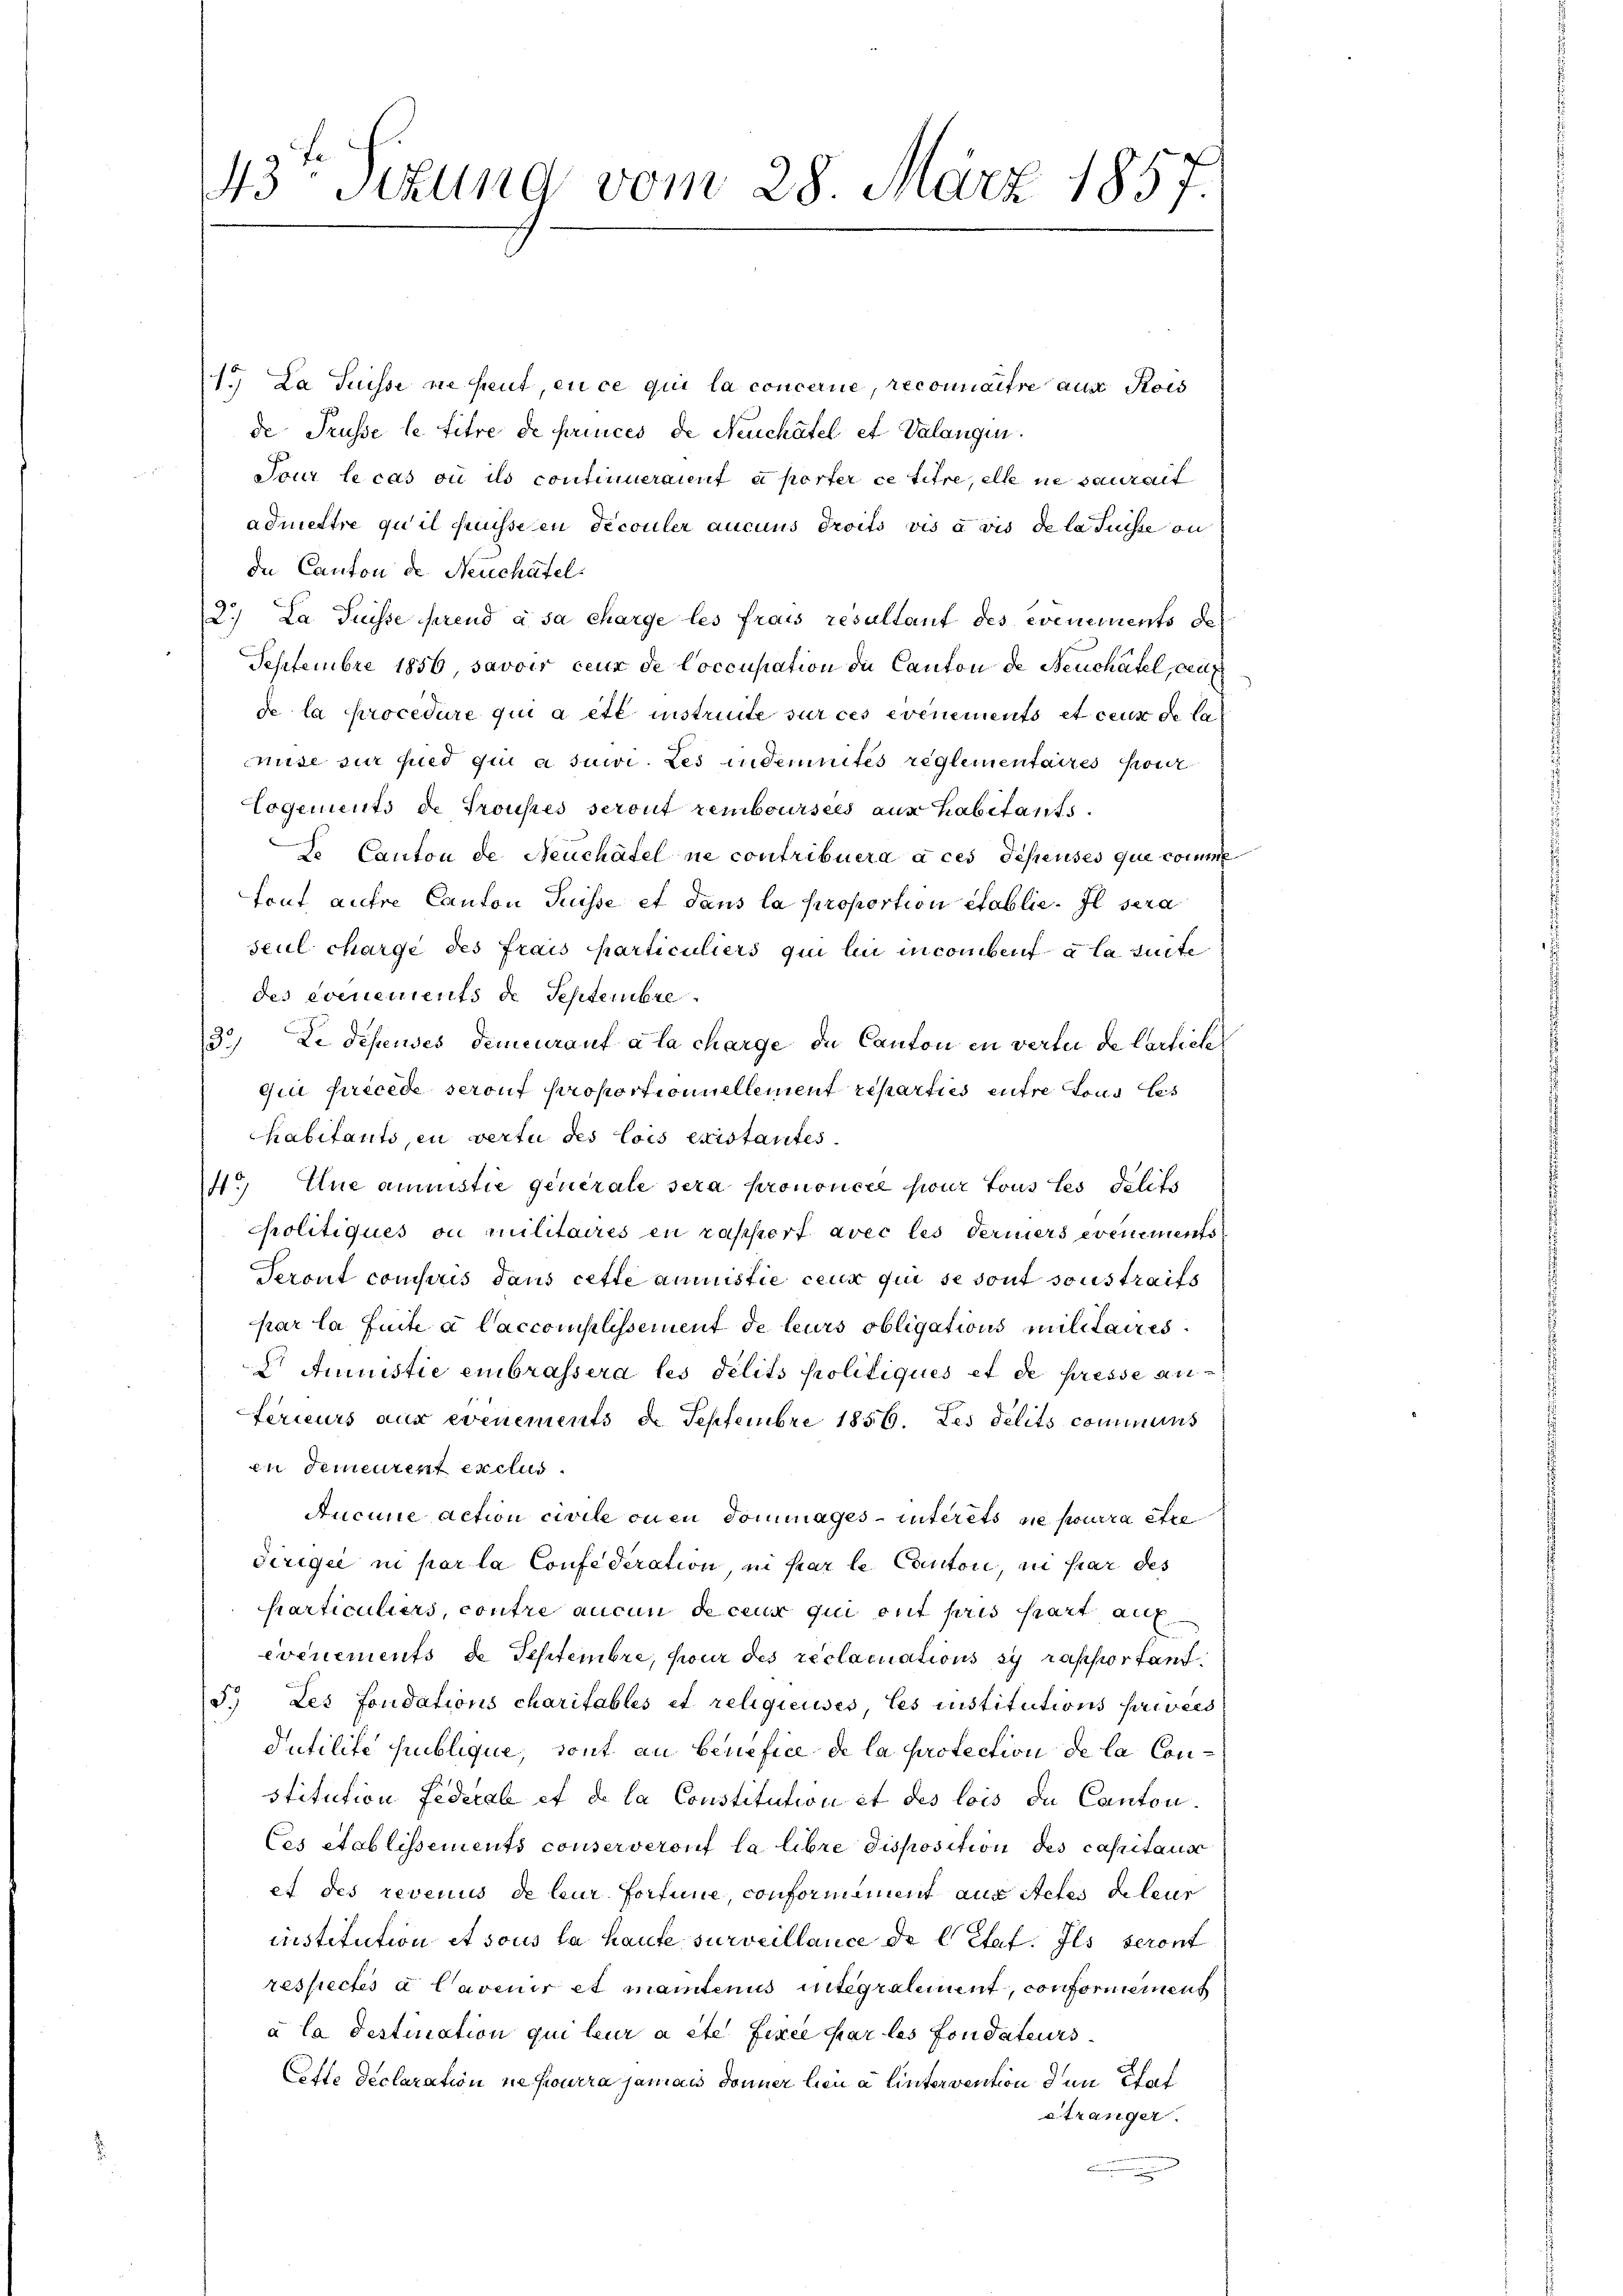
43ten Sizung vom 28. März 1857.

1. La Suisse die freut, en ce qui la concerne, reconnaitre aus Rois
de Trüsse le titre de princes de Neuchâtel et Valangen.

Tour le cas où ils continueraient à perter ce titre, elle ne saurait
admettre qu’il puissesen découler aucuns droits vis à vis de la Suisse an
de Canton de Neuchatel
2. La Puisse prend à sa charge les frais resultant des evenements de
Septembre 1856, savoir ceur de Coccupation de Canton de Neuchâtel, auf
de la procedure qui a été instruite sur ces evenements et ceux de la
mise zur pied qui a suwi. Les indemnités reglementaires pour
Logements de Trouses seront remboursees aus habitants.
te Canton de Neuchâtel ne contribuera à ces diesenses que comme
tout autre Canton Suisse et dans la proportion établie. Il sera
seul chargé des frais particuliers qui lui in combent à la suite
des evenements de Septembre
3.) Le dépensés demeurauf à la charge de Canton in verlei de Carliche
quel Fricede seronf Proportionnellement reparties entre tous les
habitants, in vertu des lois existantes.
4.) Ene annistie generale sera prononcée sur tous les délits
politiques ou militaires en rapport avec les Feriers evenements
Seront compris dans cette ammistie ceux qui se sont sonstraits
par la suite a laccomplissement de leurs obligations militaires.
L Amistie embrassera les délits Politiques et de presse an-
ferieurs aus evenements d. Septembre 1856. Les delits commens
en demeurent exclus
Aucune action civile onen dommages-interets ne pourra être
dirigie ni par la Confederation, in par le Canton, in par des
particuliers, contre aucun de ceux qui ont pris hart auf
événements de Septembre, pour des reclariations sy rapportant
3. Les fondations charitables et religieuses, les institutions privers
Putilite Publique, sont an benefice de la protection de la Constitution Federal et de la Constitution et des lois de Canton
Ces établissements conserverouf la libre disposition des caspitaus
et des revenus de leur Fortine, conforminirt aus steles beleur
institution et sous la haufe surveillance de Citat. Ils seront
respectes a Cavenir et mantenus integraliment, conformement
à la destination qui leur a été fixée par les fondateurs
Ciste declaration ne pourra jamais donner hien a hintervention den Stat
etzanger.